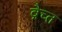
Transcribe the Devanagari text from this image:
ब्रैच्त